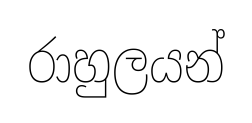
රාහුලයන්